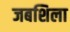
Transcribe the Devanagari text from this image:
जबशिला